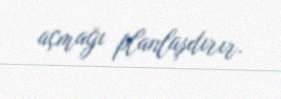
açmağı planlaşdırır.